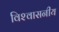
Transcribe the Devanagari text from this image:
विश्‍वासनीय